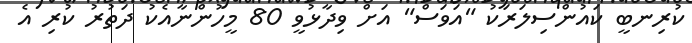
ކުރިނބީ ކައުންސިލަރަކު "އަވަސް" އަށް ވިދާޅުވީ 80 މީހުންނާއެކު ދަތުރު ކުރި އެ